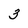
Character: 3